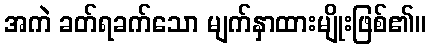
အကဲ ခတ်ရခက်သော မျက်နှာထားမျိုးဖြစ်၏။